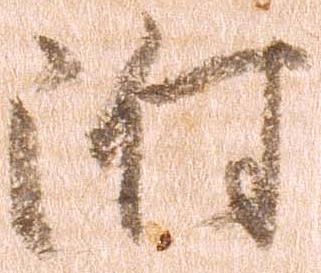
附